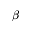
\beta